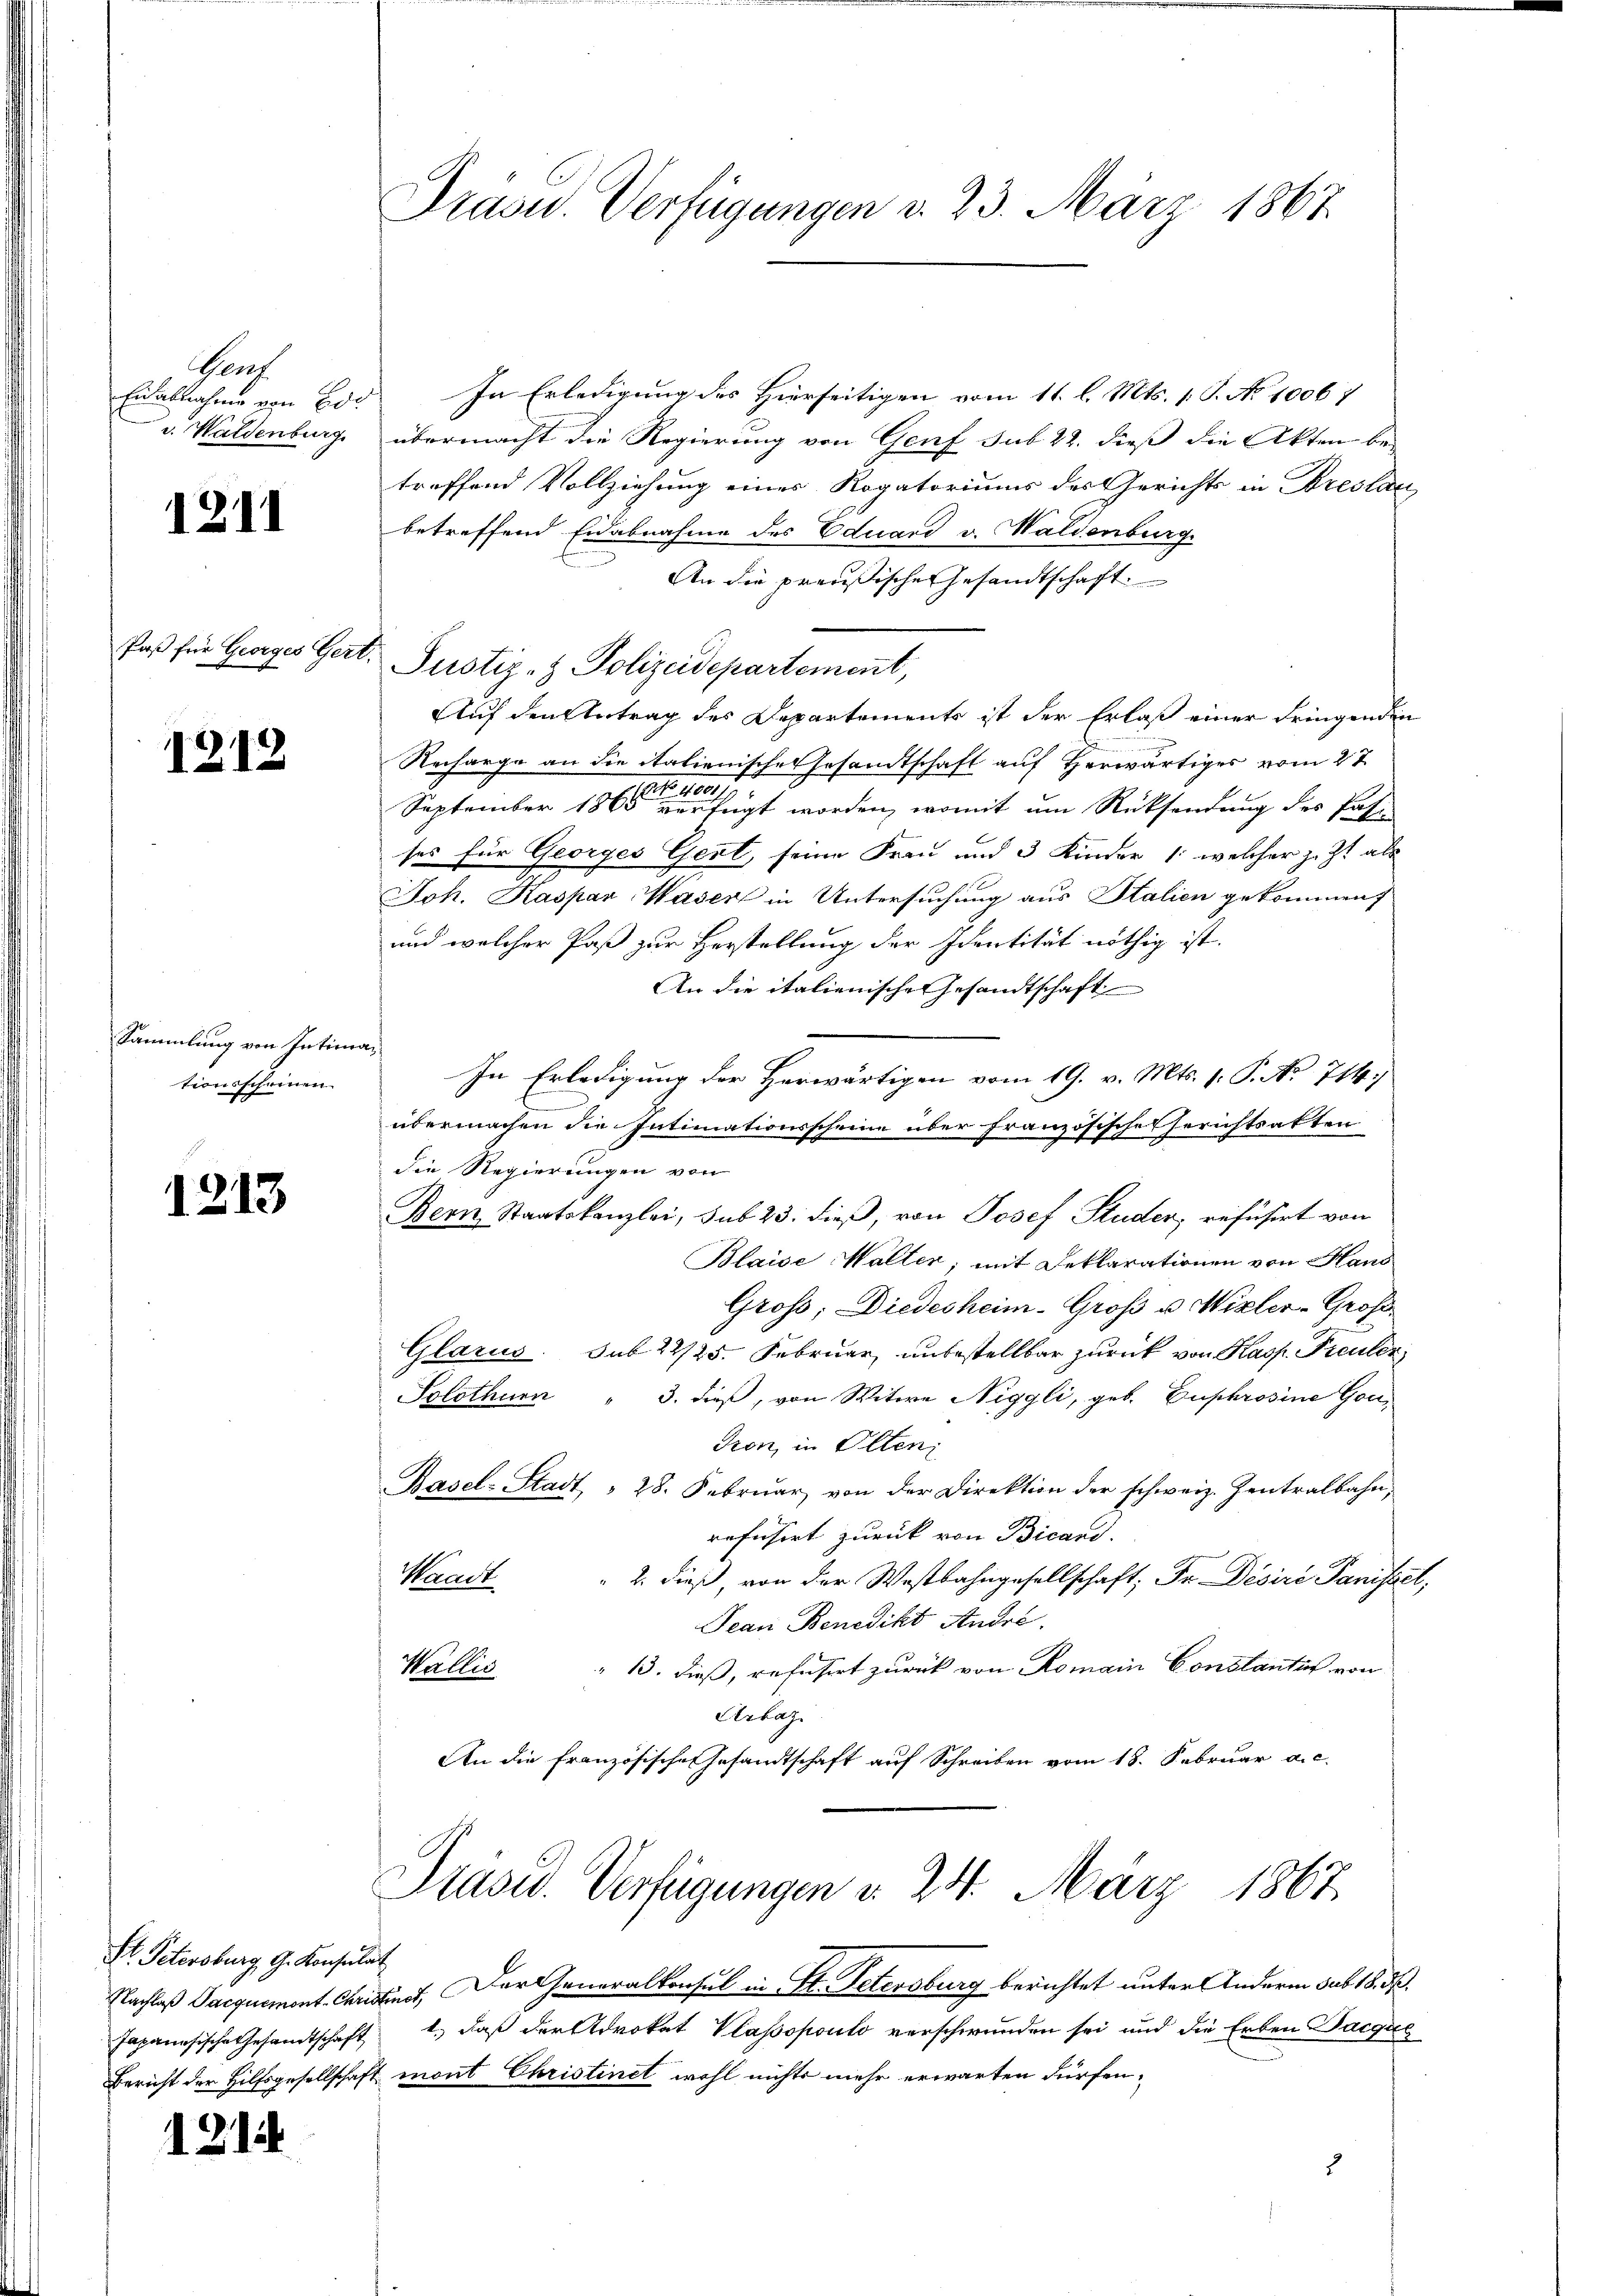
Genf
Eialnahme von Bor
v. Waldenburg.

1211

Paß für Georges Gert.

1219

Sammlung von Intim
tionsscheinen.

1213

Fr. Petersburg, G. Konsulat

1214

Präsid. Verfügungen d. 23. März 1867.

In Erledigung des Hierseitigen vom 11. l. Mts. 1. P. No 1006 7

übermacht die Regierung von Genf sub 22. dieß die Akten be-
treffend Vollziehung eines Rogatoriums des Gerichts in Breslau
betreffend Eidabnahme des Eduard v. Waldenburg
An die preußische Gesandtschaft.
Justiz- & Polizeidepartement,
Auf den Antrag des Departements ist der Erlaß einer dringenden
Recharge an die italienische Gesandtschaft auf Herwärtiges vom 27.
September 1861 einigt worden, womit um Rücksendung des Passes für Georges Gent, seine Frau und 3 Kinder /: welcher jezt als
Joh. Kaspar Waser in Untersuchung aus Stalien gekommen
und welcher Paß zur Herstellung der Identität nöthig ist.
An die italienische Gesandtschaft
In Erledigung der Herwärtigen vom 19. v. Mts. 1. P. No 714.
.
übermachen die Intimationsscheine über französische Gerichtsakten
die Regierungen von
Bern Staatskanzlei, sub 23. dieß, von Josef Studer, refusert von
Blaise Waller; mit Deklarationen von Haus
Gross; Diedesheim-Groß u. Wieler-Groß¬
Glarus. sub 22/25. Februar unbestellbar zurück von Kasp. Freuler
Solothurn " 3. dieß, von Witwe Niggli, geb. Euphrosine Gou¬
Pron, in Olten
Basel-Stadt, " 28. Febrŭar von der Direktion der schweiz. Zentralbahn,
refüsirt zurück von Bicand.
Waadt
 2. dieß, von der Westbahngesellschaft; Fr Désire Panistet,
Jean Benedikt Andre.
" 13. dieß, refusert zurück von Romain Constantur von
Wallis
Arbaz.
An die Französische Gesandtschaft auf Schreiben vom 18. Februar a. c.

Präsid. Verfügungen v. 24. März 1867

Nachlaß Jacquement Christinct, Der Generalkonsul in St. Petersburg berichtet unter Andern sub 18. d.
Japanesische Gesandtschaft 4., daß der Advokat Klassopoulo verschwunden sei und die Erben Dacgal
Bericht der Hilfsgesellschaft mont Christinet wohl nichts mehr erwarten dürfen¬
3